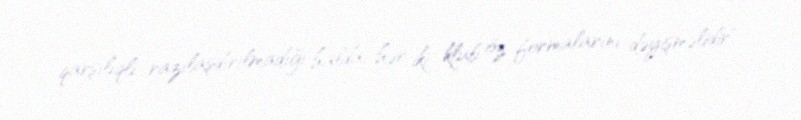
qarşılıqlı razılaşdırılmadığı halda, hər iki klub öz formalarını dəyişməlidir".